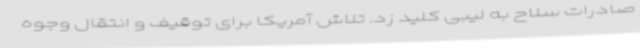
صادرات سلاح به لیبی کلید زد. تلاش آمریکا برای توقیف و انتقال وجوه